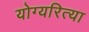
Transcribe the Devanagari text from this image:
योग्यरित्या